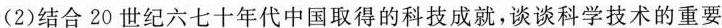
(2)结合20世纪六七十年代中国取得的科技成就，谈谈科学技术的重要